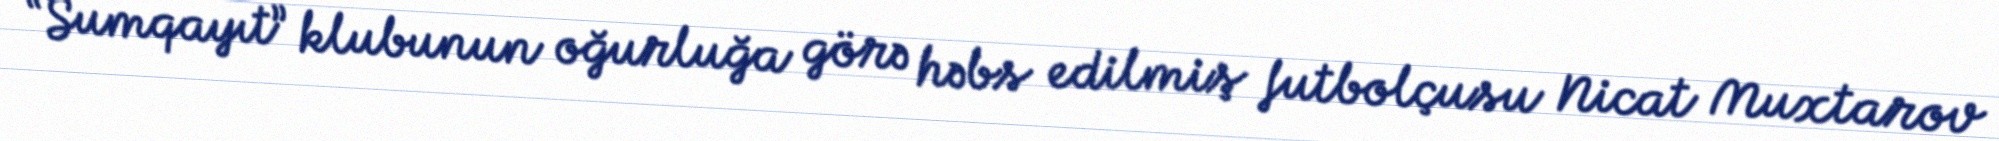
“Sumqayıt” klubunun oğurluğa görə həbs edilmiş futbolçusu Nicat Muxtarov